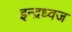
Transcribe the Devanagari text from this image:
इन्द्रध्वज